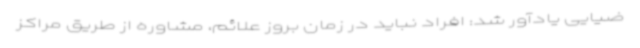
ضیایی یادآور شد: افراد نباید در زمان بروز علائم، مشاوره از طریق مراکز